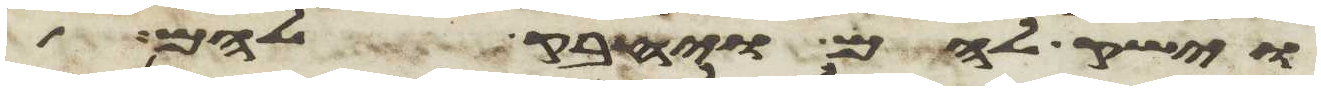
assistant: וישק להם ויחבק להם